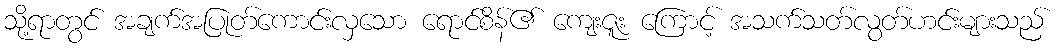
သို့ရာတွင် အချက်အပြုတ်ကောင်းလှသော ရောင်စိန်၏ ကျေးဇူး ကြောင့် အသက်သတ်လွတ်ဟင်းများသည်